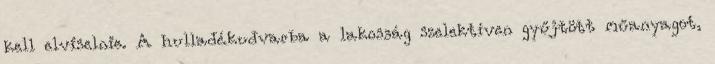
kell elviselnie. A hulladékudvarba a lakosság szelektíven gyűjtött műanyagot,